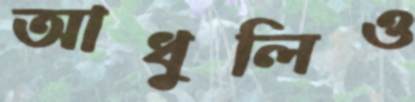
আধুলিও